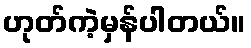
ဟုတ်ကဲ့မှန်ပါတယ်။